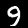
Label: 9